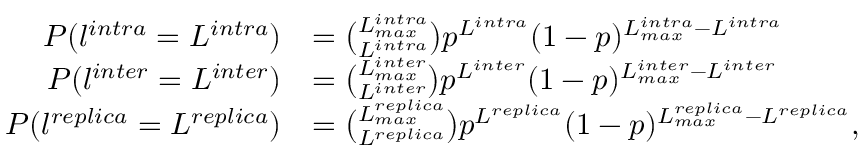
\begin{array} { r l } { P ( l ^ { i n t r a } = L ^ { i n t r a } ) } & { = \binom { L _ { m a x } ^ { i n t r a } } { L ^ { i n t r a } } p ^ { L ^ { i n t r a } } ( 1 - p ) ^ { L _ { m a x } ^ { i n t r a } - L ^ { i n t r a } } } \\ { P ( l ^ { i n t e r } = L ^ { i n t e r } ) } & { = \binom { L _ { m a x } ^ { i n t e r } } { L ^ { i n t e r } } p ^ { L ^ { i n t e r } } ( 1 - p ) ^ { L _ { m a x } ^ { i n t e r } - L ^ { i n t e r } } } \\ { P ( l ^ { r e p l i c a } = L ^ { r e p l i c a } ) } & { = \binom { L _ { m a x } ^ { r e p l i c a } } { L ^ { r e p l i c a } } p ^ { L ^ { r e p l i c a } } ( 1 - p ) ^ { L _ { m a x } ^ { r e p l i c a } - L ^ { r e p l i c a } } , } \end{array}